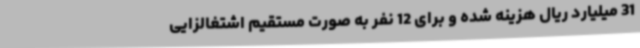
31 میلیارد ریال هزینه شده و برای 12 نفر به صورت مستقیم اشتغالزایی